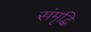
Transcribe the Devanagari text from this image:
संमृृद्धि